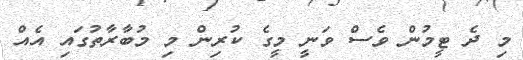
މި ދެ ޓީމުން ވެސް ވަނީ މީގެ ކުރިން މި މުބާރާތުގައި އެއް